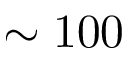
\sim 1 0 0